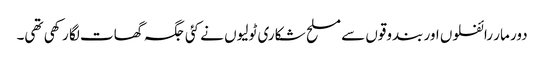
دور مار رائفلوں اور بندوقوں سے مسلح شکاری ٹولیوں نے کئی جگہ گھات لگا رکھی تھی۔